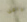
دافن